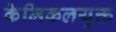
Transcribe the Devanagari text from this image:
केमिकलयुक्त